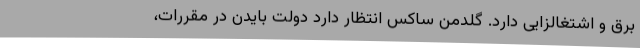
برق و اشتغالزایی دارد. گلدمن ساکس انتظار دارد دولت بایدن در مقررات،